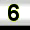
Digit: 6